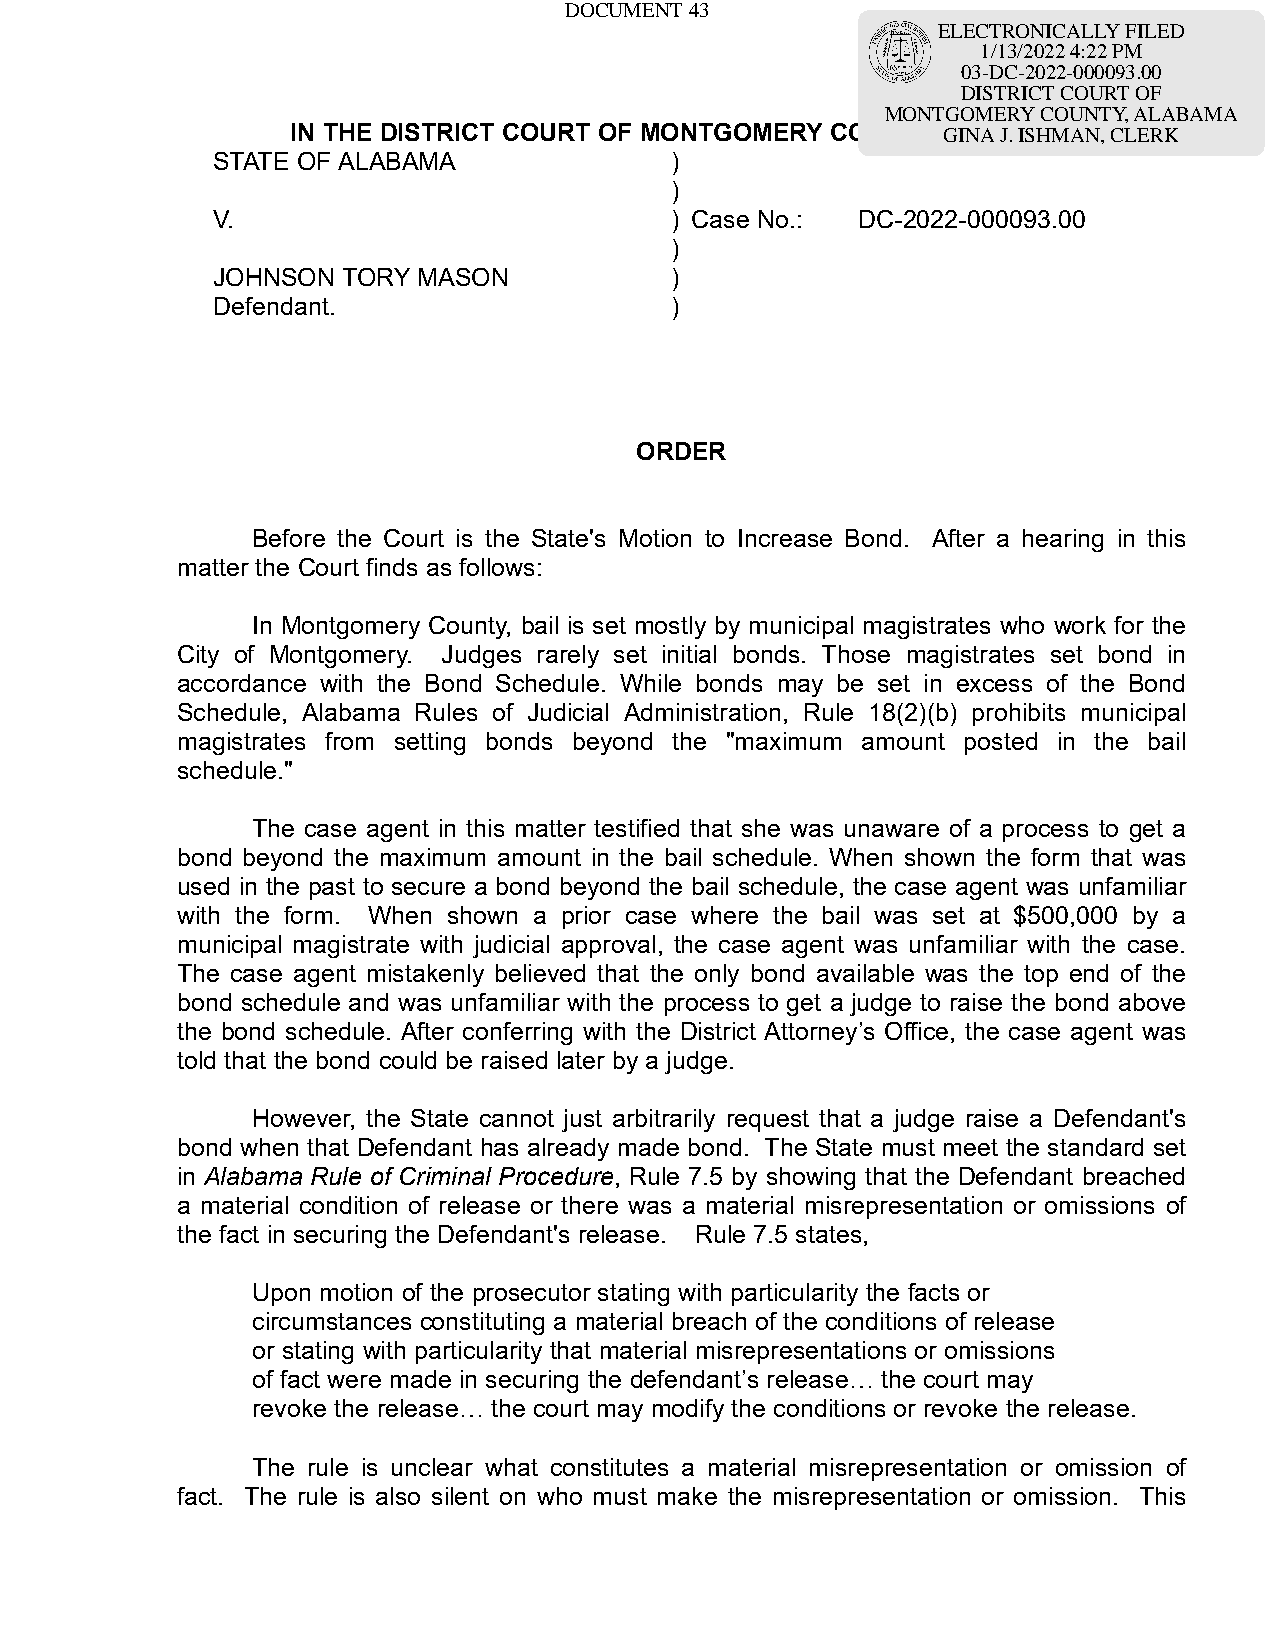
DOCUMENT 43
 ELECTRONICALLY FILED
 1/13/2022 4:22 PM
 03-DC-2022-000093.00
 DISTRICT COURT OF
 MONTGOMERY COUNTY, ALABAMA
 IN THE DISTRICT COURT OF MONTGOMERY COUNTY,GAILNAA BJ. AISMHMAAN, CLERK
 STATE OF ALABAMA              )
 )
 V.                            ) Case No.:  DC-2022-000093.00
 )
 JOHNSON  TORY MASON           )
 Defendant.                    )
 ORDER
 Before the Court is the State's Motion to Increase Bond. After a hearing in this
 matter the Court finds as follows:
 In Montgomery County, bail is set mostly by municipal magistrates who work for the
 City of Montgomery. Judges rarely set initial bonds. Those magistrates set bond in
 accordance with the Bond Schedule. While bonds may be set in excess of the Bond
 Schedule, Alabama Rules of Judicial Administration, Rule 18(2)(b) prohibits municipal
 magistrates from setting bonds beyond the "maximum amount posted in the bail
 schedule."
 The case agent in this matter testified that she was unaware of a process to get a
 bond beyond the maximum amount in the bail schedule. When shown the form that was
 used in the past to secure a bond beyond the bail schedule, the case agent was unfamiliar
 with the form. When shown a prior case where the bail was set at $500,000 by a
 municipal magistrate with judicial approval, the case agent was unfamiliar with the case.
 The case agent mistakenly believed that the only bond available was the top end of the
 bond schedule and was unfamiliar with the process to get a judge to raise the bond above
 the bond schedule. After conferring with the District Attorney’s Office, the case agent was
 told that the bond could be raised later by a judge.
 However, the State cannot just arbitrarily request that a judge raise a Defendant's
 bond when that Defendant has already made bond. The State must meet the standard set
 in Alabama Rule of Criminal Procedure, Rule 7.5 by showing that the Defendant breached
 a material condition of release or there was a material misrepresentation or omissions of
 the fact in securing the Defendant's release. Rule 7.5 states,
 Upon motion of the prosecutor stating with particularity the facts or
 circumstances constituting a material breach of the conditions of release
 or stating with particularity that material misrepresentations or omissions
 of fact were made in securing the defendant’s release… the court may
 revoke the release… the court may modify the conditions or revoke the release.
 The rule is unclear what constitutes a material misrepresentation or omission of
 fact. The rule is also silent on who must make the misrepresentation or omission. This